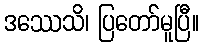
ဒဿေသိ၊ ပြတော်မူပြီ။